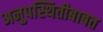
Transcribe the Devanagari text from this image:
अनुपस्थितीबाबत